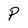
Character: P